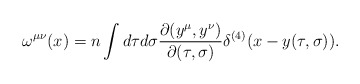
\begin{align*}\omega^{\mu\nu}(x) = n \int d\tau d\sigma \frac{\partial(y^{\mu}, y^{\nu})}{\partial(\tau, \sigma)} \delta^{(4)}(x-y(\tau, \sigma)).\end{align*}